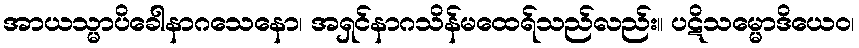
အာယသ္မာပိခေါနာဂသေနော၊ အရှင်နာဂသိန်မထေရ်သည်လည်း။ ပဋိသမ္မောဒိယေဝ၊